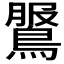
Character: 𪂖